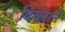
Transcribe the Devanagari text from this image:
दिख्नाने